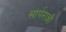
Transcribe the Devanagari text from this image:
सार्पराज्ञी